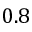
0 . 8